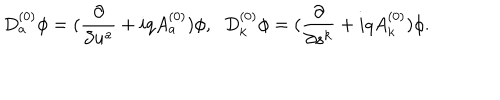
D _ { a } ^ { ( 0 ) } \phi = ( \frac { \partial } { \partial u ^ { a } } + i q A _ { a } ^ { ( 0 ) } ) \phi , \; \; D _ { k } ^ { ( 0 ) } \phi = ( \frac { \partial } { \partial s ^ { k } } + i q A _ { k } ^ { ( 0 ) } ) \phi .